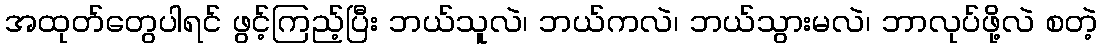
အထုတ်တွေပါရင် ဖွင့်ကြည့်ပြီး ဘယ်သူလဲ၊ ဘယ်ကလဲ၊ ဘယ်သွားမလဲ၊ ဘာလုပ်ဖို့လဲ စတဲ့